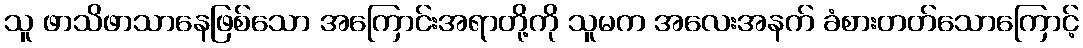
သူ ဖာသိဖာသာနေဖြစ်သော အကြောင်းအရာတို့ကို သူမက အလေးအနက် ခံစားတတ်သောကြောင့်